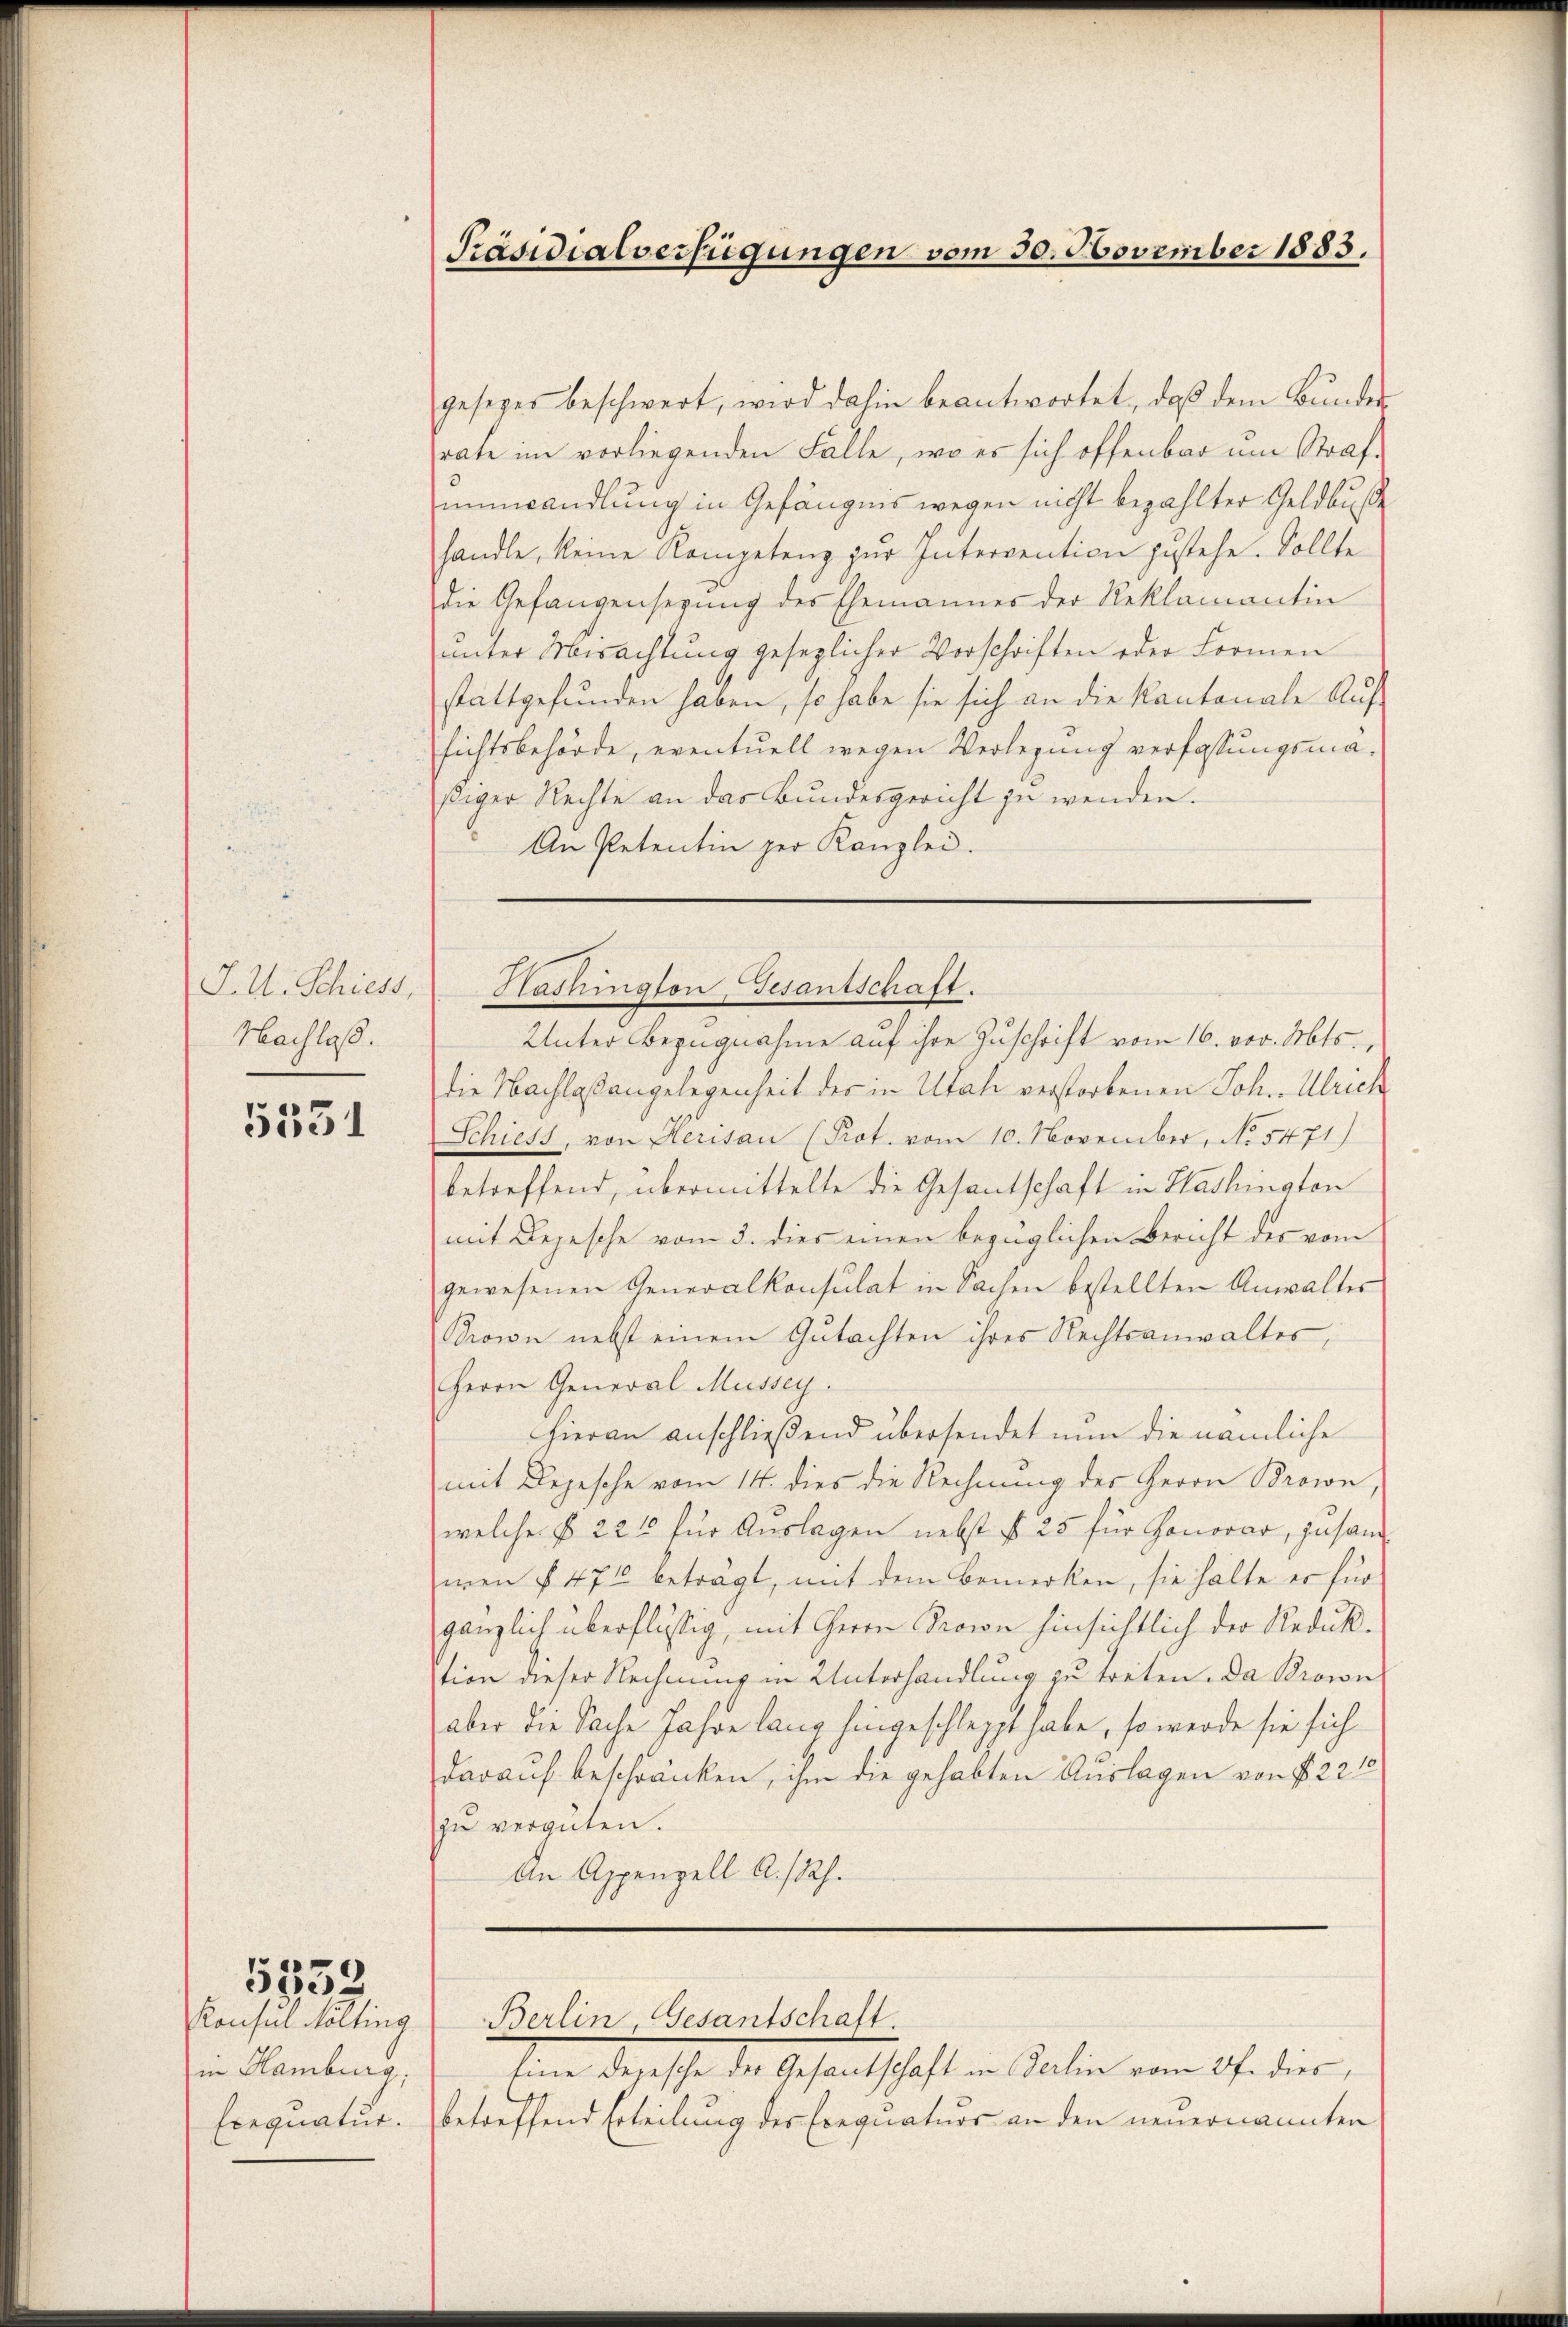
J. U. Schiess,
Nachlaß.

5351

Konsul Kölling
in Hamburg,
Exequatur.

5332

Präsidialverfügungen vom 30. November 1883.

gesezes beschwert, wird dahin beantwortet, daß dem Bunders
rate im vorliegenden Falle, wo es sich offenbar um Straf.
einwandlung in Gefängnis wegen nicht bezahlter Geldbuße
handle, keine Kompetenz zur Intervention zustehe. Sollte
die Gefangensezung des Ehemänner der Reklamantin
unter Misachtung gesezlicher Vorschriften oder Formen
stattgefunden haben, so habe sie sich an die Kantonale Auf-
sichtsbehörde, eventuell wegen Verlegung verfassungsmäßiger Rechte an das Bundesgericht zu wenden.
An Petentin per Kanzlei.
die Nachlaßangelegenheit der in Utah verstorbenen Joh. Ulrich
Schiess, von Herisau (Prot. vom 10. November, No 5471)
betreffend, übermittelte die Gesantschaft in Washington
mit Depesche vom 3. dies einen bezüglichen Bericht des vom
gewesenen Generalkonsulat in Sachen bestellten Anwalter
Brown nebst einem Gutachten ihres Rechtsanwaltes,
Herrn General Mussey.
Hieran anschließend übersendet nun die nämliche
mit Depesche vom 14. dies die Rechnung der Herrn Brown,
welche § 226 für Auslagen nebst § 25 für Honorar, zusamwen § 471 betragt, mit dem Bemerken, sie halte er für
gänzlich überflüssig, mit Herrn Provon hinsichtlich der Reduktion dieser Rechnung in Unterhandlung zu treten. Da Brown
aber die Sache Jahre lang hingeschleppt habe, so werde sie sich
darauf beschränken, ihm die gehabten Auslagen von § 221
zu vergüten.
An Appenzell A.-Rh.

Washington Gesantschaft.
Unter Bezugnahme auf ihre Zuschrift vom 16. vor. Mts.,

Berlin, Gesantschaft.

Eine Depesche der Gesantschaft in Berlin vom 27. dies
e
betreffend Erteilung des Exequaturs an den neuernannten